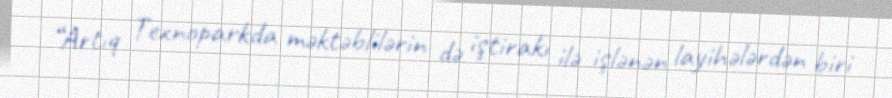
“Artıq Texnoparkda məktəblilərin də iştirakı ilə işlənən layihələrdən biri